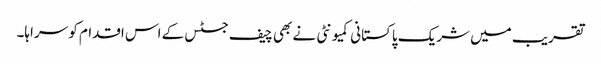
تقریب میں شریک پاکستانی کمیونٹی نے بھی چیف جسٹس کے اس اقدام کو سراہا۔